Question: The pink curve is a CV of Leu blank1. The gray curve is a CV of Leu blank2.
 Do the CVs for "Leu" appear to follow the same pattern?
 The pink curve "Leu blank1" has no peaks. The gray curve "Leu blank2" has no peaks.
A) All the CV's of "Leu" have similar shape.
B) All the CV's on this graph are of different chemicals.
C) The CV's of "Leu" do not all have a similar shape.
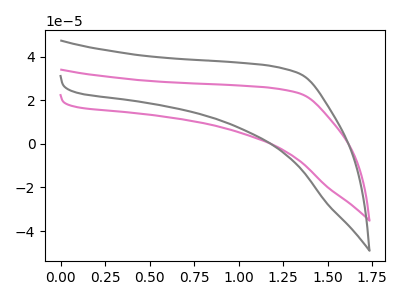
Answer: <think>Neither "Leu blank1" or "Leu blank2" have any peaks.
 </think>
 <answer>A) All the CV's of "Leu" have similar shape.</answer>
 <eval>A</eval>